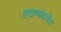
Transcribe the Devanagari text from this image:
राखण्याकरीता